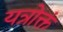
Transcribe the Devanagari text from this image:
यत्रोक्तं